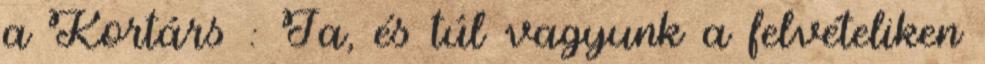
a Kortárs : Ja, és túl vagyunk a felvételiken